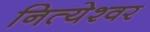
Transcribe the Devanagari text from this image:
नित्येश्वर